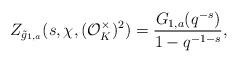
LaTeX: \begin{align*}Z_{\tilde{g}_{1, a}}(s, \chi, (\mathcal{O}_K^{\times})^2)=\dfrac{G_{1, a}(q^{-s})}{1-q^{-1-s}},\end{align*}